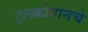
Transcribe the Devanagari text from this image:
ट्लकोपानचे